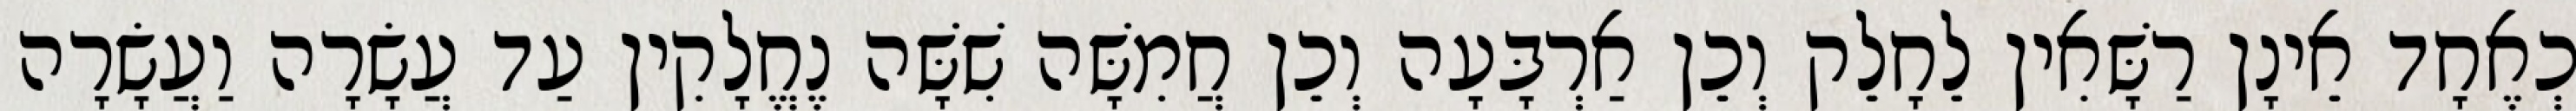
כְאֶחָד אֵינָן רַשָּׁאִין לֵחָלֵק וְכֵן אַרְבָּעָה וְכֵן חֲמִשָּׁה שִׁשָּׁה נֶחֱלָקִין עַד עֲשָׂרָה וַעֲשָׂרָה